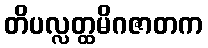
တိပလ္လတ္ထမိဂဇာတက